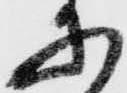
に